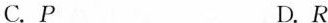
C.P D.R